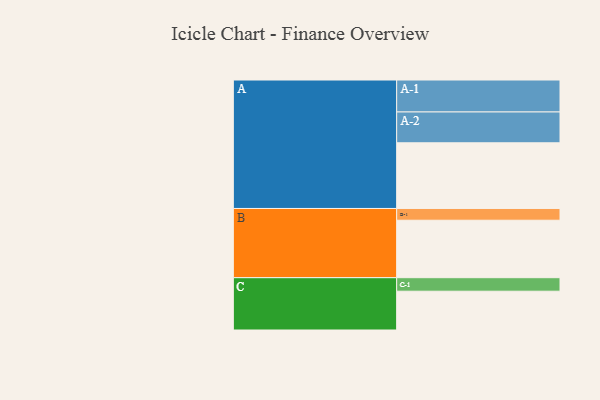
{"axis": {"x": "Segment", "y": "Value"}, "legend": ["", "A", "B", "C"], "data": [{"x": "A", "y": 520, "type": ""}, {"x": "B", "y": 455, "type": ""}, {"x": "C", "y": 307, "type": ""}, {"x": "A-1", "y": 253, "type": "A"}, {"x": "A-2", "y": 244, "type": "A"}, {"x": "B-1", "y": 93, "type": "B"}, {"x": "C-1", "y": 107, "type": "C"}]}